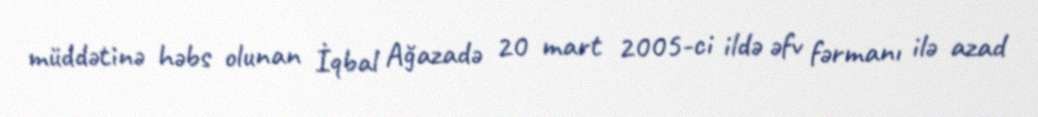
müddətinə həbs olunan İqbal Ağazadə 20 mart 2005-ci ildə əfv fərmanı ilə azad